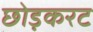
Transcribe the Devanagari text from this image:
छोड़करट